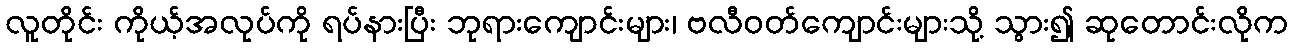
လူတိုင်း ကိုယ့်အလုပ်ကို ရပ်နားပြီး ဘုရားကျောင်းများ၊ ဗလီဝတ်ကျောင်းများသို့ သွား၍ ဆုတောင်းလိုက